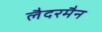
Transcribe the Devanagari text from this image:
लैदरमैन